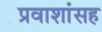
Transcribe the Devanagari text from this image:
प्रवाशांसह